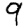
Digit: 9